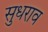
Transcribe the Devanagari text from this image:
सुधराव